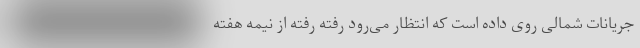
جریانات شمالی روی داده است که انتظار می‌رود رفته رفته از نیمه هفته